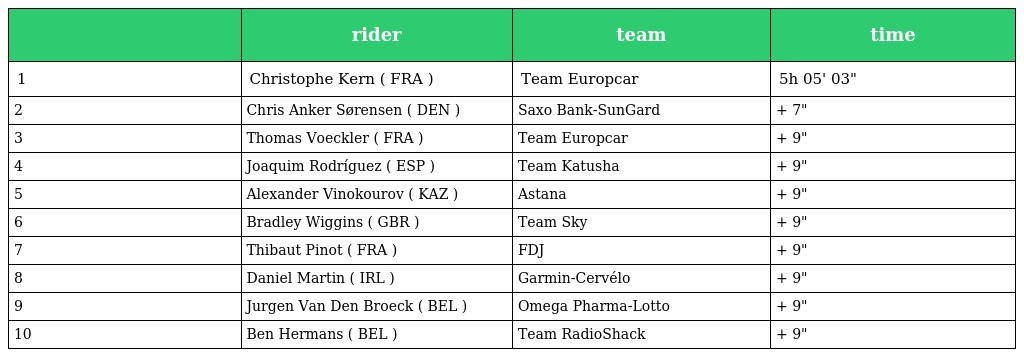
|  | rider | team | time |
 | --- | --- | --- | --- |
 | 1 | Christophe Kern ( FRA ) | Team Europcar | 5h 05' 03" |
 | 2 | Chris Anker Sørensen ( DEN ) | Saxo Bank-SunGard | + 7" |
 | 3 | Thomas Voeckler ( FRA ) | Team Europcar | + 9" |
 | 4 | Joaquim Rodríguez ( ESP ) | Team Katusha | + 9" |
 | 5 | Alexander Vinokourov ( KAZ ) | Astana | + 9" |
 | 6 | Bradley Wiggins ( GBR ) | Team Sky | + 9" |
 | 7 | Thibaut Pinot ( FRA ) | FDJ | + 9" |
 | 8 | Daniel Martin ( IRL ) | Garmin-Cervélo | + 9" |
 | 9 | Jurgen Van Den Broeck ( BEL ) | Omega Pharma-Lotto | + 9" |
 | 10 | Ben Hermans ( BEL ) | Team RadioShack | + 9" |